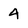
Character: 4